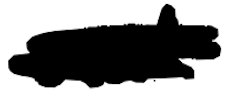
Text: and
Cross-out: scratch
Writing tool: digital_black